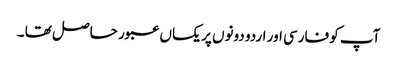
آپ کو فارسی اور اردو دونوں پر یکساں عبور حاصل تھا ۔